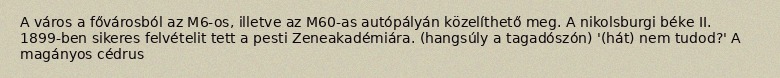
A város a fővárosból az M6-os, illetve az M60-as autópályán közelíthető meg. A nikolsburgi béke II. 1899-ben sikeres felvételit tett a pesti Zeneakadémiára. (hangsúly a tagadószón) '(hát) nem tudod?' A magányos cédrus